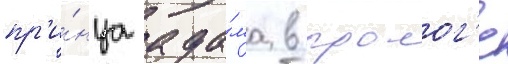
пр'и́нца ада́ма в пролог'е